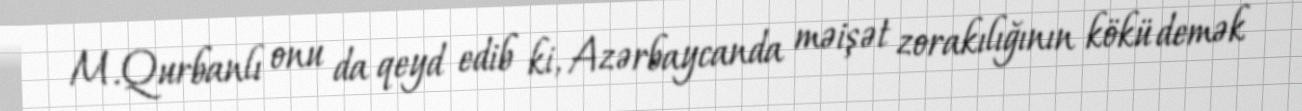
M.Qurbanlı onu da qeyd edib ki, Azərbaycanda məişət zorakılığının kökü demək